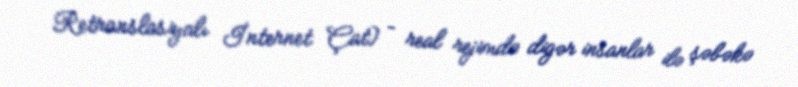
Retranslasiyalı İnternet Çat) – real rejimdə digər insanlar ilə şəbəkə